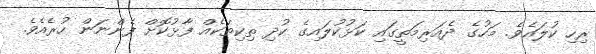
ރިހި ކުލައެވެ. މަހުގެ ދެއަރިމަތީގައި ކަޅުކުލައިގެ ކުދި ތިކިތަކެއް ފާޅުކޮށް ފެންނަން ހުރެއެވެ.